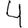
Digit: 4